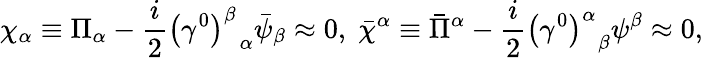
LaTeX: \chi_{\alpha}\equiv\Pi_{\alpha}-\frac{i}{2}\left(\gamma^{0}\right)_{\; \; \alpha}^{\beta}\bar{\psi}_{\beta}\approx 0,\; \bar{\chi}^{\alpha}\equiv\bar{\Pi}^{\alpha}-\frac{i}{2}\left(\gamma^{0}\right)_{\; \; \beta}^{\alpha}\psi^{\beta}\approx 0,